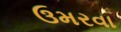
ઉમરવા